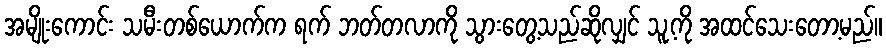
အမျိုးကောင်း သမီးတစ်ယောက်က ရက် ဘတ်တလာကို သွားတွေ့သည်ဆိုလျှင် သူ့ကို အထင်သေးတော့မည်။